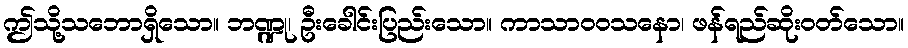
ဤသို့သဘောရှိသော။ ဘဏ္ဍု၊ ဦးခေါင်းပြည်းသော။ ကာသာဝဝသနော၊ ဖန်ရည်ဆိုးဝတ်သော။